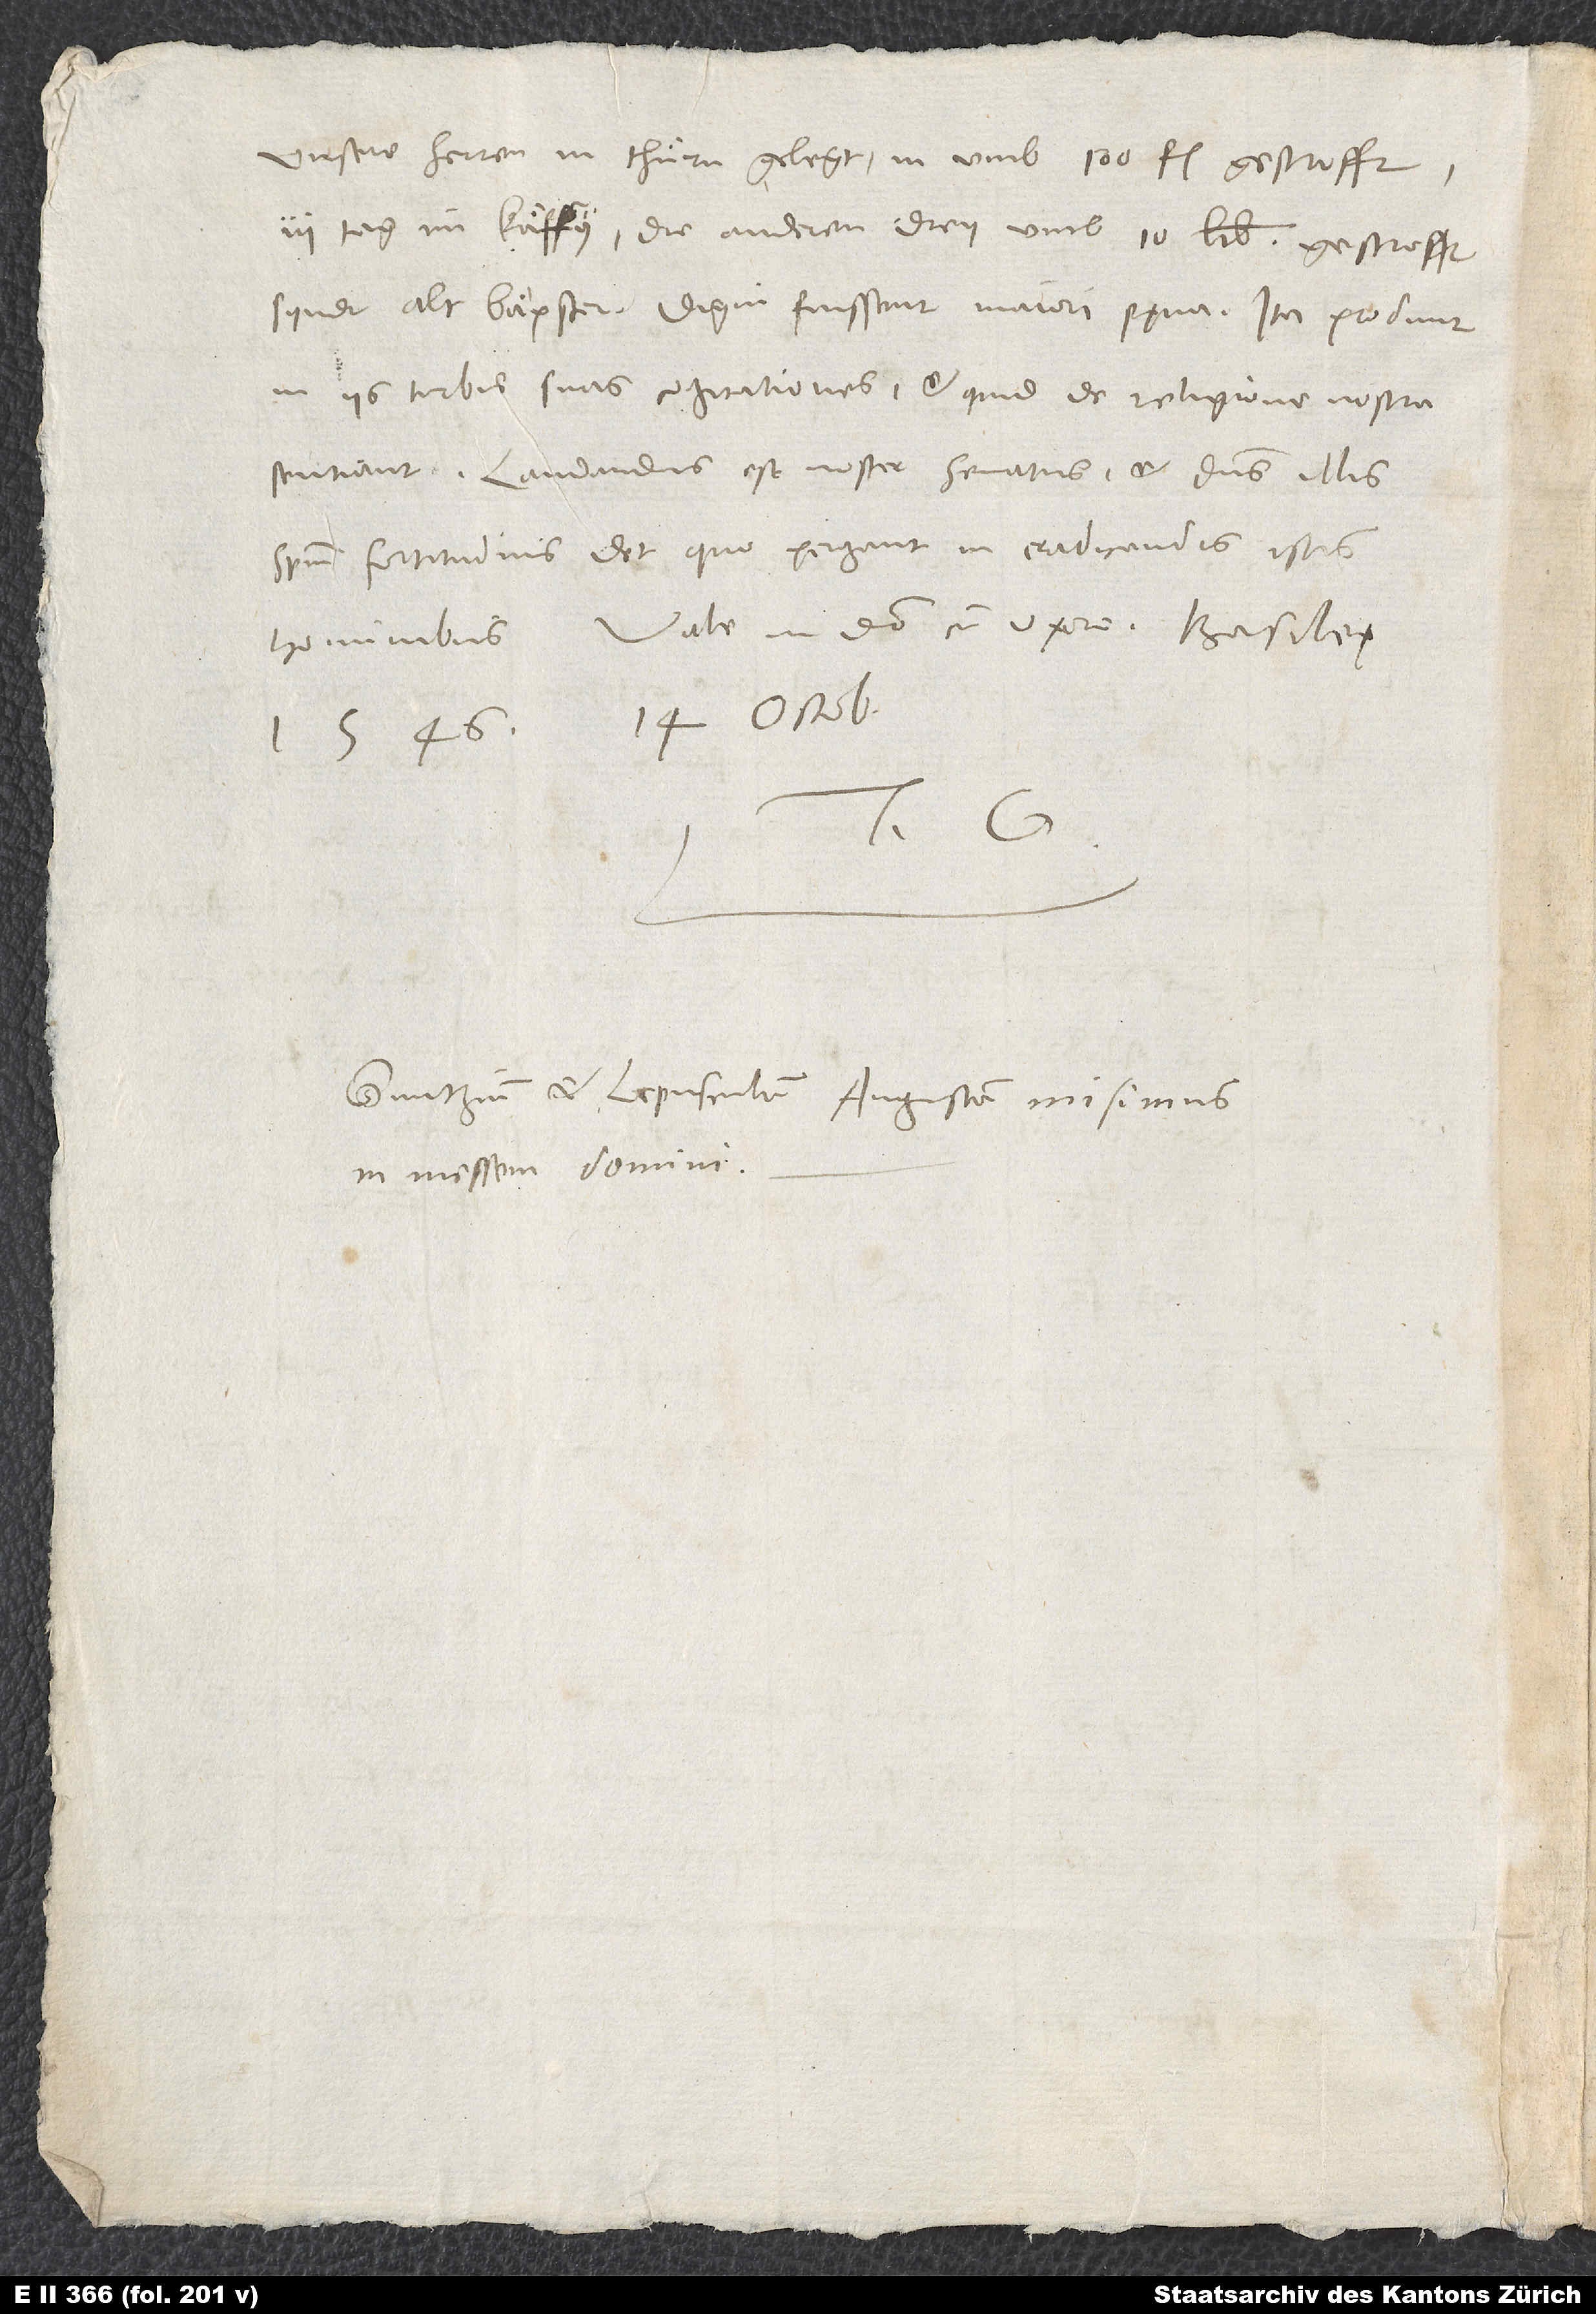
unsere herren in thuͤrn gelegt, in umb 100 fl. gestrofft,
3 tag im kaͤffy, die anderen drey umb 10 lib. gestrofft.
Syndt alt baͤpster. Digni fuissent maiori pęna. Ita produnt
in iis turbis suas cogitationes et quid de religione nostra
sentiant. Laudandus est noster senatus, et dominus illis
spiritum fortitudinis det, quo pergant in eradicandis istis
Vale in domino cum uxore. Basileę,
1546, 14. octobris.
Tuus G.
Guntzium et Lepusculum Augustam misimus
in messem domini.